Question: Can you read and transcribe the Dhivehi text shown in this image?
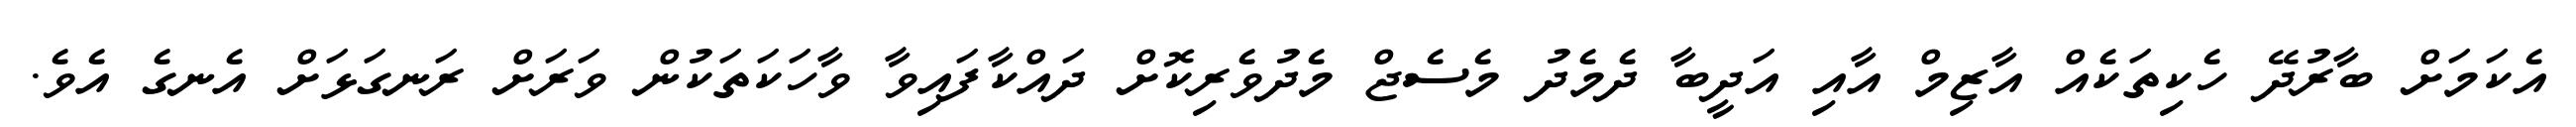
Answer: އެކަމަށް ބާރުދޭ ހެކިތަކެއް އާޒިމް އާއި އަދީބާ ދެމެދު މެސެޖް މެދުވެރިކޮށް ދައްކާފައިވާ ވާހަކަތަކުން ވަރަށް ރަނގަޅަށް އެނގެ އެވެ.